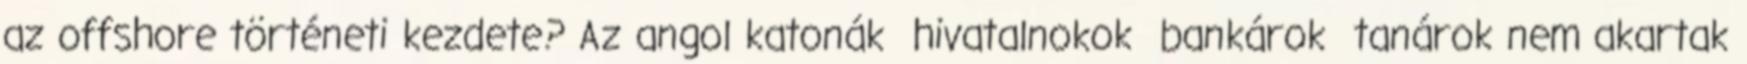
az offshore történeti kezdete? Az angol katonák hivatalnokok bankárok tanárok nem akartak